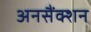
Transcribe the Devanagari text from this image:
अनसैंक्शन